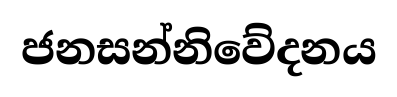
ජනසන්නිවේදනය